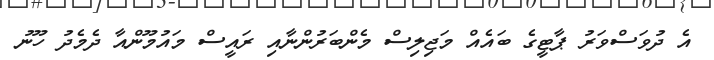
އެ ދުވަސްވަރު ޕާޓީގެ ބައެއް މަޖިލިސް މެންބަރުންނާއި ރައީސް މައުމޫންއާ ދެމެދު ހޫނު